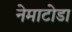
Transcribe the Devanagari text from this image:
नेमाटोडा